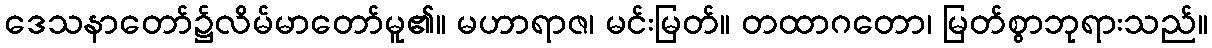
ဒေသနာတော်၌လိမ်မာတော်မူ၏။ မဟာရာဇ၊ မင်းမြတ်။ တထာဂတော၊ မြတ်စွာဘုရားသည်။